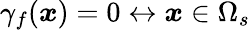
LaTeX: \gamma_{f}(\boldsymbol{x})=0\leftrightarrow\boldsymbol{x}\in\Omega_{s}